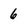
Character: 6